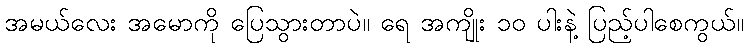
အမယ်လေး အမောကို ပြေသွားတာပဲ။ ရေ အကျိုး ၁၀ ပါးနဲ့ ပြည့်ပါစေကွယ်။